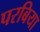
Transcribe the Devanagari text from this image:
परबिया